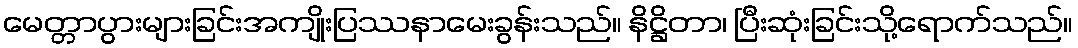
မေတ္တာပွားများခြင်းအကျိုးပြဿနာမေးခွန်းသည်။ နိဋ္ဌိတာ၊ ပြီးဆုံးခြင်းသို့ရောက်သည်။